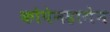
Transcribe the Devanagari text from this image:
कोपेनहागेन